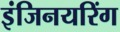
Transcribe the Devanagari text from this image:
इंजिनयरिंग